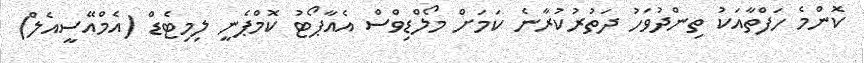
ކޮންމެ ހަފްތާއަކު ތިންދުވަހު ދަތުރުކުރާނެ ކަމަށް މޯލްޑިވްސް އެއާޕޯޓު ކޮމްޕެނީ ލިމިޓެޑް (އެމްއޭސީއެލް)